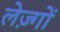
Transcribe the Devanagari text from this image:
लेज़्गों